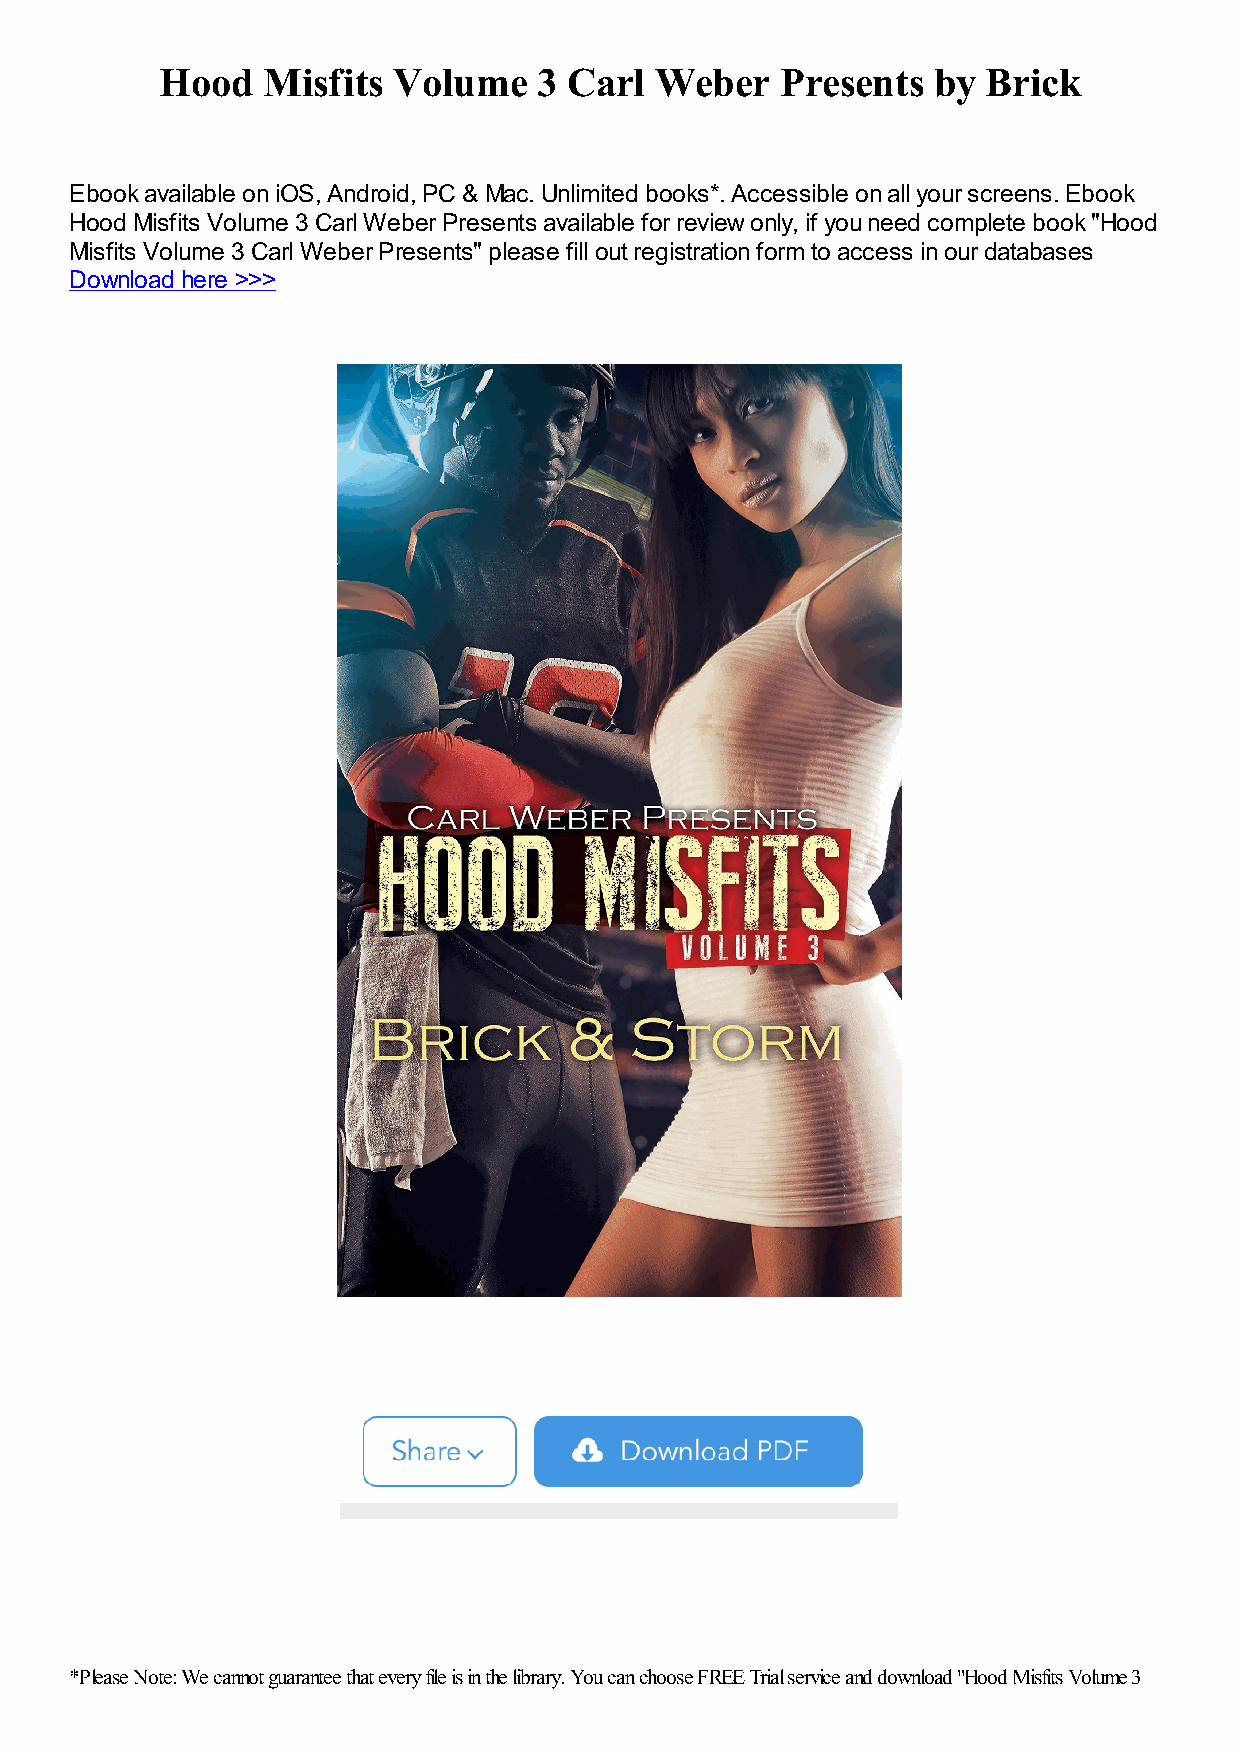
Hood  Misfits  Volume    3 Carl Weber    Presents  by Brick
 Ebook available on iOS, Android, PC & Mac. Unlimited books*. Accessible on all your screens. Ebook
 Hood Misfits Volume 3 Carl Weber Presents available for review only, if you need complete book "Hood
 Misfits Volume 3 Carl Weber Presents" please fill out registration form to access in our databases
 Download here >>>
 *Please Note: We cannot guarantee that every file is in the library. You can choose FREE Trial service and download "Hood Misfits Volume 3